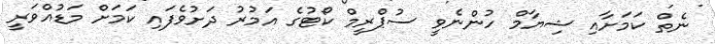
ނެތް ކަމަށާއި ޝިޔާމް ހުންނެވީ ސުޕްރީމް ކޯޓުގެ އަމުރު ދަށުވެފައި ކަމަށް މަޑުއްވަރީ